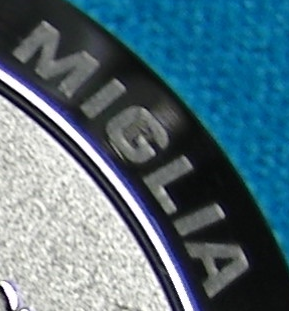
MIGLIA